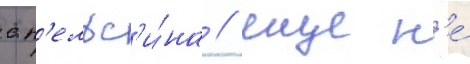
ап'ельс'и́на / еще н'е́